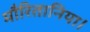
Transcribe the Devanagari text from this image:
मौरितानिया।